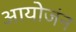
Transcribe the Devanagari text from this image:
आयोजंन